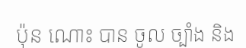
ប៉ុន ណោះ បាន ចូល ច្បាំង និង